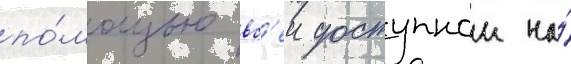
по́мощью вс'еи доступнои на́